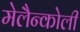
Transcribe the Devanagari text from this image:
मेलैन्कोली